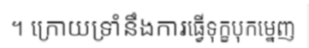
។ ក្រោយទ្រាំនឹងការធ្វើទុក្ខបុកម្នេញ